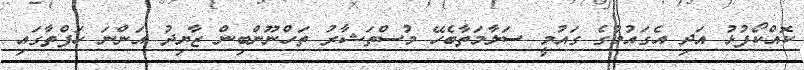
ކޮއްކޯފުޅު އަދި އެގައުމުގެ ގައުމީ ސަލާމަތާބެހޭ މުސްތަޝާރު ތަހްނޫންބިން ޒާޔިދު އަންނަ ހަފްތާގައި